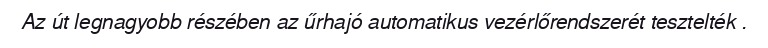
Az út legnagyobb részében az űrhajó automatikus vezérlőrendszerét tesztelték .